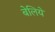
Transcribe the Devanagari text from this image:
बेलिये